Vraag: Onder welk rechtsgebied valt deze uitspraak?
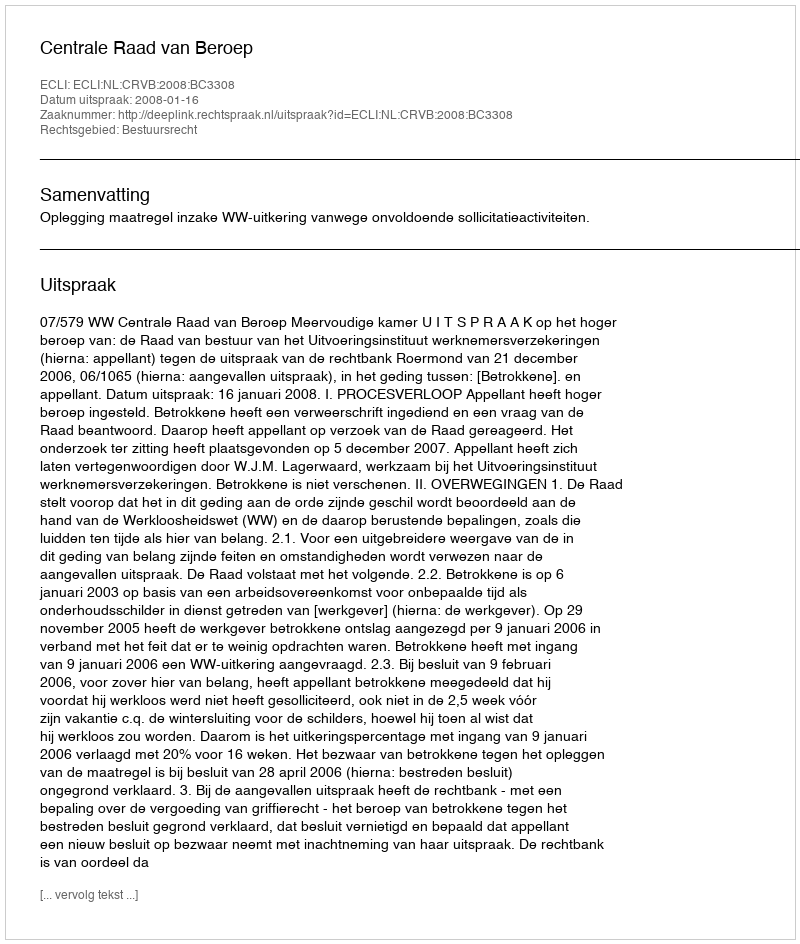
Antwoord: Bestuursrecht